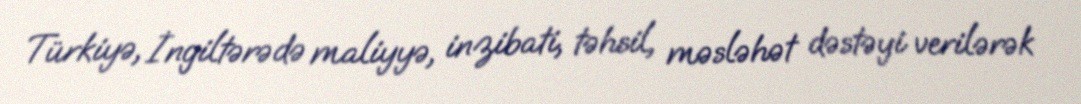
Türkiyə, İngiltərədə maliyyə, inzibati, təhsil, məsləhət dəstəyi verilərək